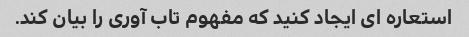
استعاره ای ایجاد کنید که مفهوم تاب آوری را بیان کند.